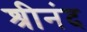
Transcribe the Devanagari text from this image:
श्रीनंद